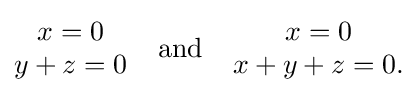
{\begin{matrix}x=0\\y+z=0\end{matrix}}\;\;\;\;{\text{and}}\;\;\;\;{\begin{matrix}x=0\\x+y+z=0.\end{matrix}}